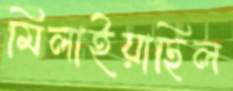
মিলাইয়াছিল